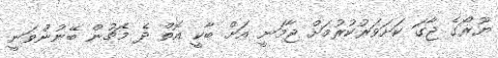
ޔޫރޯގެ ޖާގަ ކަށަވަރުކުރުމަށް ޖާމަނީ އަށް ބާކީ އޮތް ދެ މެޗުން ބޭނުންވަނީ